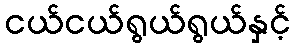
ငယ်ငယ်ရွယ်ရွယ်နှင့်